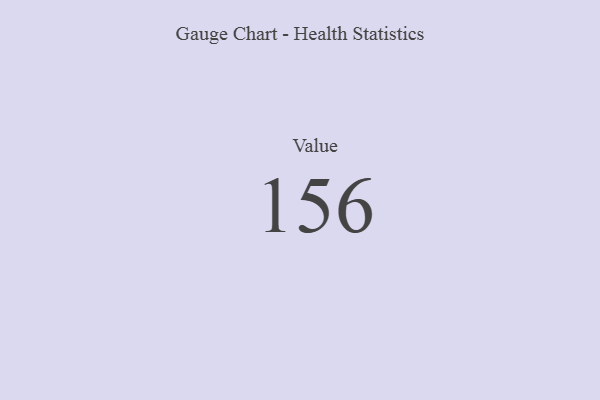
{"axis": {"x": "Metric", "y": "Value"}, "legend": [""], "data": [{"x": "Value", "y": 156, "type": ""}]}